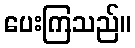
ပေးကြသည်။